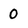
Character: 0